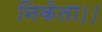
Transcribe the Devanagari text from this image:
निकेता।।